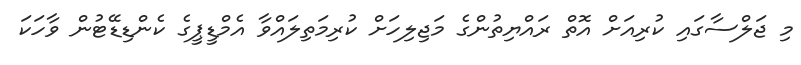
މި ޖަލްސާގައި ކުރިއަށް އޮތް ރައްޔިތުންގެ މަޖިލިހަށް ކުރިމަތިލައްވާ އެމްޑީޕީގެ ކެންޑިޑޭޓުން ވާހަކަ